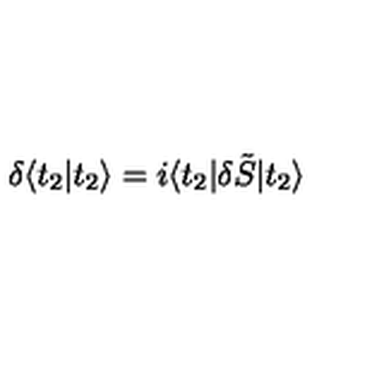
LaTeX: \delta \langle t _ { 2 } | t _ { 2 } \rangle = i \langle t _ { 2 } | \delta \tilde { S } | t _ { 2 } \rangle